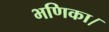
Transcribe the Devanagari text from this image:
भणिका।